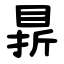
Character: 䁀